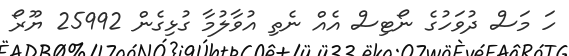
ހަ މަސް ދުވަހުގެ ނޯޓިސް އެއް ނެތި އުވާލުމާ ގުޅިގެން 25992 ޔޫރޯ